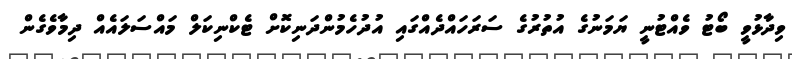
ވިދާޅުވީ ބޯޓު ވެއްޓުނީ ޔަމަނުގެ އުތުރުގެ ސަރަހައްދެއްގައި އުދުހެމުންދަނިކޮށް ޓެކްނިކަލް މައްސަލައެއް ދިމާވެގެން